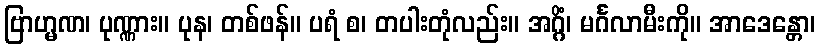
ဗြာဟ္မဏ၊ ပုဏ္ဏား။ ပုန၊ တစ်ဖန်။ ပရံ စ၊ တပါးတုံလည်း။ အဂ္ဂိံ၊ မင်္ဂလာမီးကို။ အာဒေန္တော၊